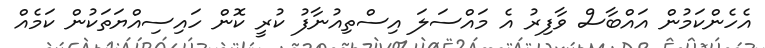
އެހެންކަމުން އައްބާސް ވާފިރު އެ މައްސަލަ އިސްތިއުނާފު ކުރީ ކޮން ހައިސިއްޔަތަކުން ކަމެއް